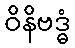
ဝိနိဗဒ္ဓံ